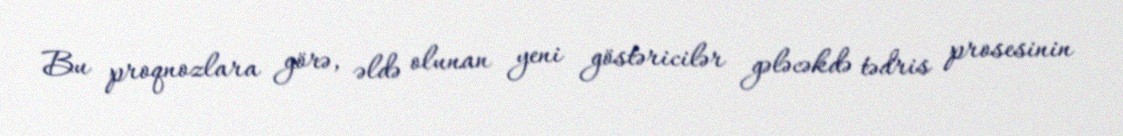
Bu proqnozlara görə, əldə olunan yeni göstəricilər gələcəkdə tədris prosesinin